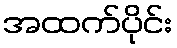
အထက်ပိုင်း